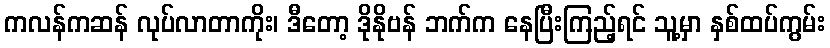
ကလန်ကဆန် လုပ်လာတာကိုး၊ ဒီတော့ ဒိုနိုဗန် ဘက်က နေပြီးကြည့်ရင် သူ့မှာ နှစ်ထပ်ကွမ်း